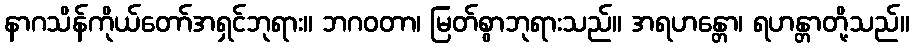
နာဂသိန်ကိုယ်တော်အရှင်ဘုရား။ ဘဂဝတာ၊ မြတ်စွာဘုရားသည်။ အရဟန္တော၊ ရဟန္တာတို့သည်။